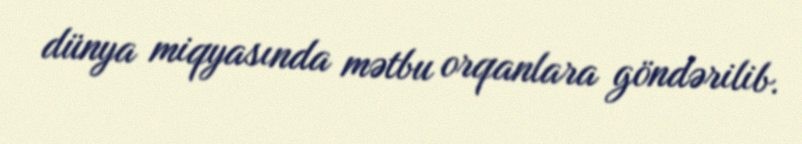
dünya miqyasında mətbu orqanlara göndərilib.